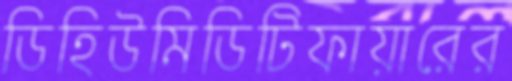
ডিহিউমিডিটিফায়ারের